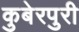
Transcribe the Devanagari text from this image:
कुबेरपुरी